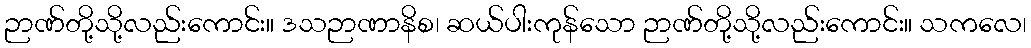
ဉာဏ်တို့သို့လည်းကောင်း။ ဒသဉာဏာနိစ၊ ဆယ်ပါးကုန်သော ဉာဏ်တို့သို့လည်းကောင်း။ သကလေ၊